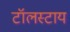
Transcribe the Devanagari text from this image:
टॉलस्टाय